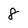
Character: 8